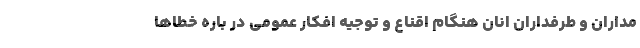
مداران و طرفداران انان هنگام اقناع و توجیه افکار عمومی در باره خطاها